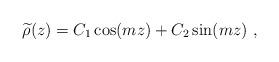
LaTeX: \begin{align*}{\widetilde \rho}(z)=C_1 \cos(mz)+C_2 \sin(mz)~,\end{align*}